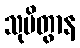
သုပိတွာန